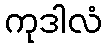
ကုဒါလံ